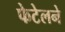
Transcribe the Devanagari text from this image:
फेटेलने